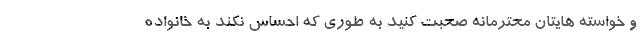
و خواسته هایتان محترمانه صحبت کنید به طوری که احساس نکند به خانواده